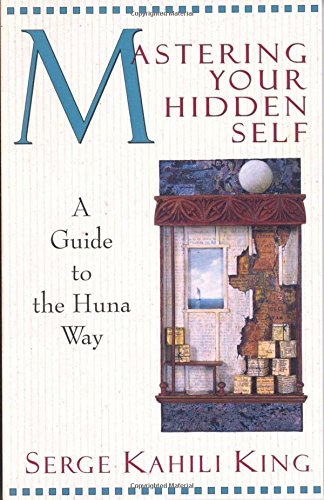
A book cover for Mastering Your Hidden Self: A Guide to the Huna Way (Quest Book); Serge Kahili King; Religion & Spirituality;